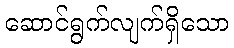
ဆောင်ရွက်လျက်ရှိသော